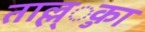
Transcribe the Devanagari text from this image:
ताल्ल्ुका